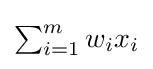
{\textstyle \sum _{i=1}^{m}w_{i}x_{i}}